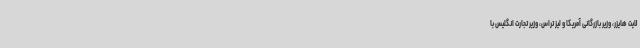
لایت هایزر، وزیر بازرگانی آمریکا و لیز تراس، وزیر تجارت انگلیس با